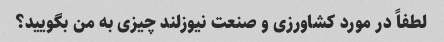
لطفاً در مورد کشاورزی و صنعت نیوزلند چیزی به من بگویید؟